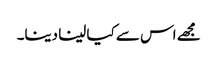
مجھے اس سے کیا لینا دینا۔